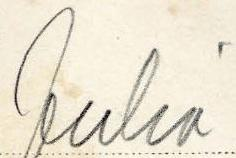
Julia